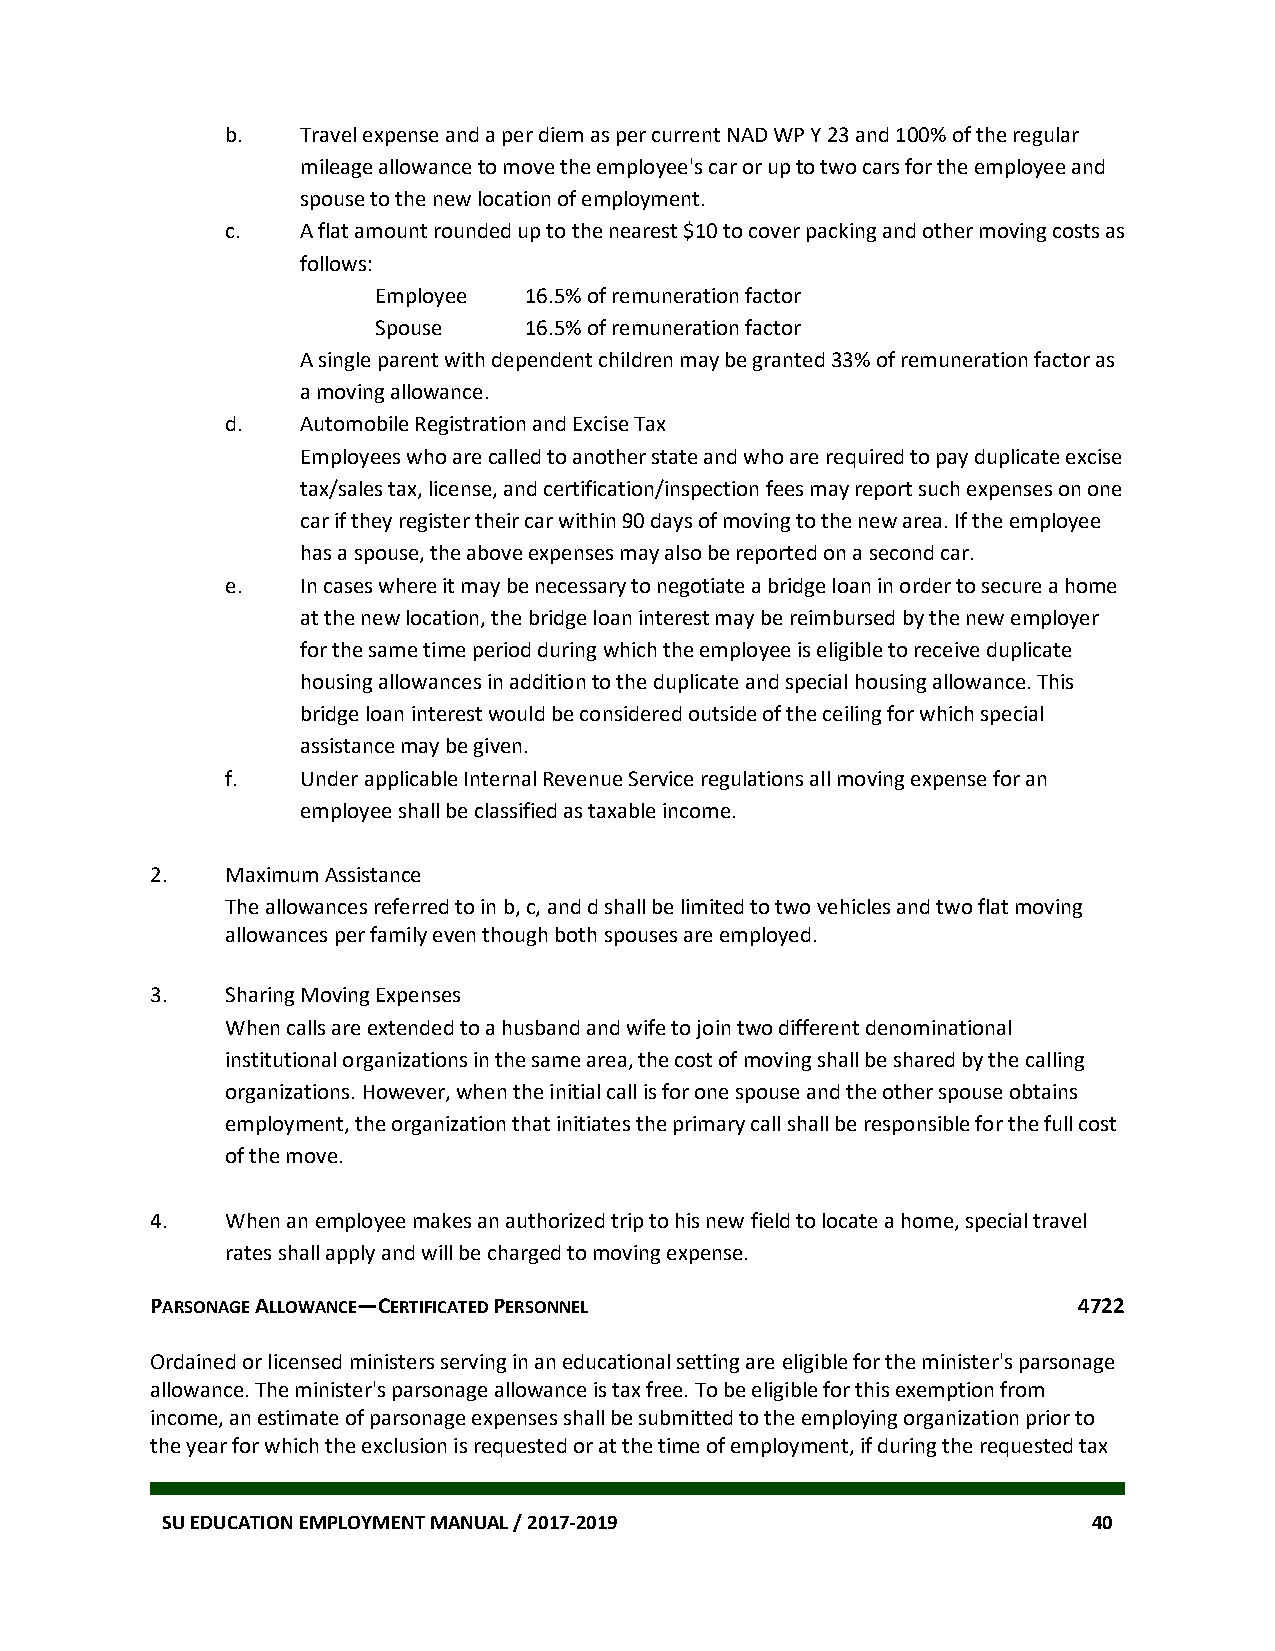
b.   Travel expense and a per diem as per current NAD WP Y 23 and 100% of the regular
 mileage allowance to move the employee's car or up to two cars for the employee and
 spouse to the new location of employment.
 c.   A flat amount rounded up to the nearest $10 to cover packing and other moving costs as
 follows:
 Employee  16.5% of remuneration factor
 Spouse    16.5% of remuneration factor
 A single parent with dependent children may be granted 33% of remuneration factor as
 a moving allowance.
 d.   Automobile Registration and Excise Tax
 Employees who are called to another state and who are required to pay duplicate excise
 tax/sales tax, license, and certification/inspection fees may report such expenses on one
 car if they register their car within 90 days of moving to the new area. If the employee
 has a spouse, the above expenses may also be reported on a second car.
 e.   In cases where it may be necessary to negotiate a bridge loan in order to secure a home
 at the new location, the bridge loan interest may be reimbursed by the new employer
 for the same time period during which the employee is eligible to receive duplicate
 housing allowances in addition to the duplicate and special housing allowance. This
 bridge loan interest would be considered outside of the ceiling for which special
 assistance may be given.
 f.   Under applicable Internal Revenue Service regulations all moving expense for an
 employee shall be classified as taxable income.
 2.   Maximum Assistance
 The allowances referred to in b, c, and d shall be limited to two vehicles and two flat moving
 allowances per family even though both spouses are employed.
 3.   Sharing Moving Expenses
 When calls are extended to a husband and wife to join two different denominational
 institutional organizations in the same area, the cost of moving shall be shared by the calling
 organizations. However, when the initial call is for one spouse and the other spouse obtains
 employment, the organization that initiates the primary call shall be responsible for the full cost
 of the move.
 4.   When an employee makes an authorized trip to his new field to locate a home, special travel
 rates shall apply and will be charged to moving expense.
 PARSONAGE ALLOWANCE—CERTIFICATED PERSONNEL                   4722
 Ordained or licensed ministers serving in an educational setting are eligible for the minister's parsonage
 allowance. The minister's parsonage allowance is tax free. To be eligible for this exemption from
 income, an estimate of parsonage expenses shall be submitted to the employing organization prior to
 the year for which the exclusion is requested or at the time of employment, if during the requested tax
 SU EDUCATION EMPLOYMENT MANUAL / 2017-2019                   40